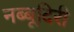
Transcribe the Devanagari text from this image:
नब्‍बूदिरी